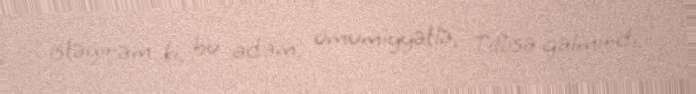
istəyirəm ki, bu adam, ümumiyyətlə, Tiflisə gəlmirdi.